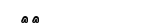
٣٣